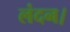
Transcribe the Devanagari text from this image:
लंदन।